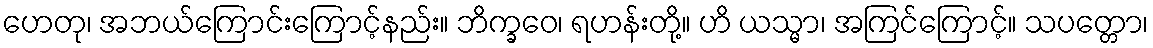
ဟေတု၊ အဘယ်ကြောင်းကြောင့်နည်း။ ဘိက္ခဝေ၊ ရဟန်းတို့။ ဟိ ယသ္မာ၊ အကြင်ကြောင့်။ သပတ္တော၊